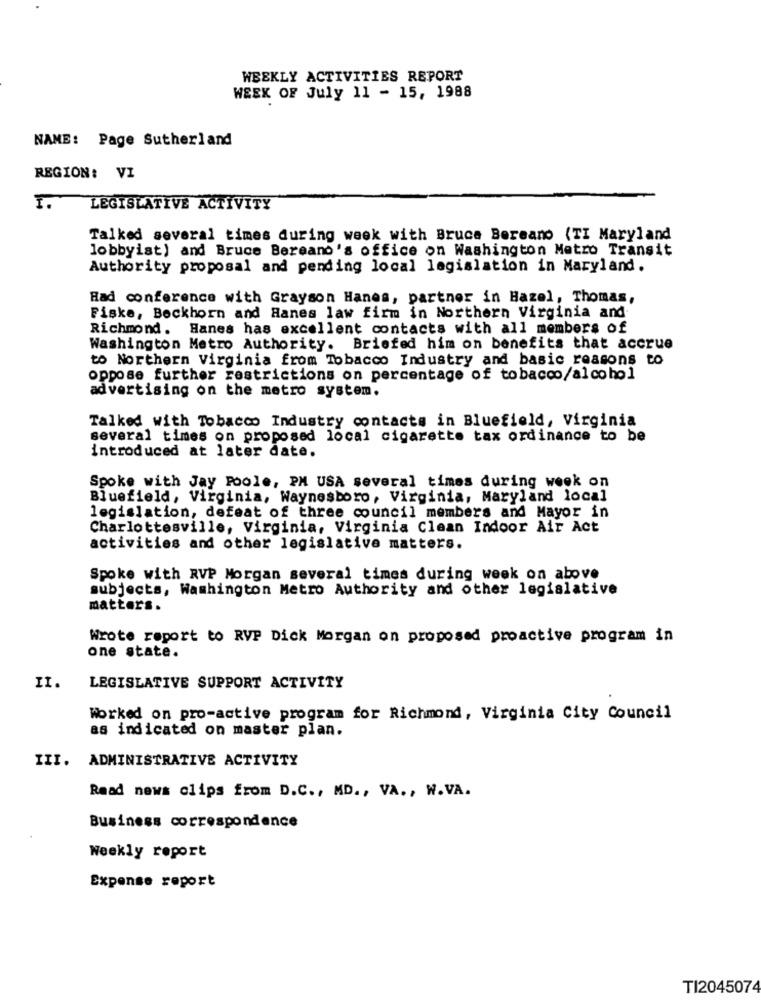
WEEKLY ACTIVITIES REPORT
WEEK OF July 11 - 15, 1988
NAME: Page Sutherland
REGION: VI
I.
LEGISLATIVE ACTIVITY
Talked several times during week with Bruce Bereano (TI Maryland
lobbyist) and Bruce Bereano's office on Washington Metro Transit
Authority proposal and pending local legislation in Maryland.
Had conference with Grayson Hanes, partner in Hazel, Thomas,
Fiske, Bockhorn and Hanes law firm in Northern Virginia and
Richmond. Hanes has excellent contacts with all members of
Washington Metro Authority. Briefed him on benefits that accrue
to Northern Virginia from Tobacco Industry and basic reasons to
oppose further restrictions on percentage of tobacco/alcohol
advertising on the metro system.
Talked with Tobacco Industry contacts in Bluefield, Virginia
several times on proposed local cigarette tax ordinance to be
introduced at later date.
Spoke with Jay Poole, PM USA several times during week on
Bluefield, Virginia, Waynesboro, Virginia, Maryland local
legislation, defeat of three council members and Mayor in
Charlottesville, Virginia, Virginia Clean Indoor Air Act
activities and other legislative matters.
Spoke with RVP Morgan several times during week on above
subjects, Washington Metro Authority and other legislative
matters.
Wrote report to RVP Dick Morgan on proposed proactive program in
one state.
II.
LEGISLATIVE SUPPORT ACTIVITY
Worked on pro-active program for Richmond, Virginia City Council
as indicated on master plan.
III. ADMINISTRATIVE ACTIVITY
Read news clips from D.C ., MD ., VA ., W.VA.
Business correspondence
Weekly report
Expense report
TI2045074